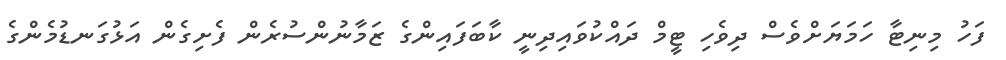
ފަހު މިނިޓާ ހަމަޔަށްވެސް ދިވެހި ޓީމް ދައްކުވައިދިނީ ކާބަފައިންގެ ޒަމާނުންސުރެން ފެށިގެން އަޅުގަނޑުމެންގެ